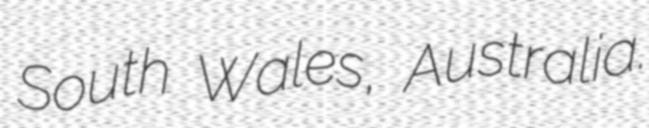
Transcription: South Wales, Australia.